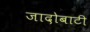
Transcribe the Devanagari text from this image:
जादोबाटी